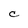
Character: C